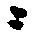
ニ